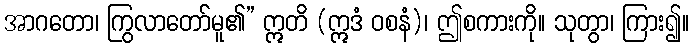
အာဂတော၊ ကြွလာတော်မူ၏” ဣတိ (ဣဒံ ဝစနံ)၊ ဤစကားကို။ သုတွာ၊ ကြား၍။